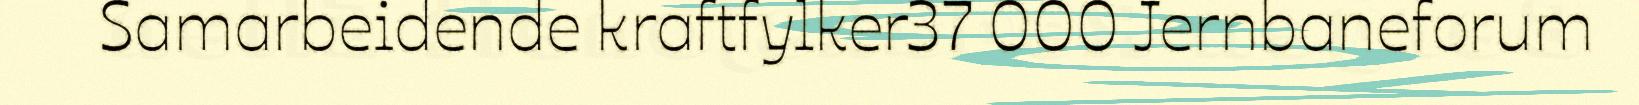
Samarbeidende kraftfylker37 000 Jernbaneforum